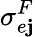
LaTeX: \sigma_{e\mathbf{j}}^{F}